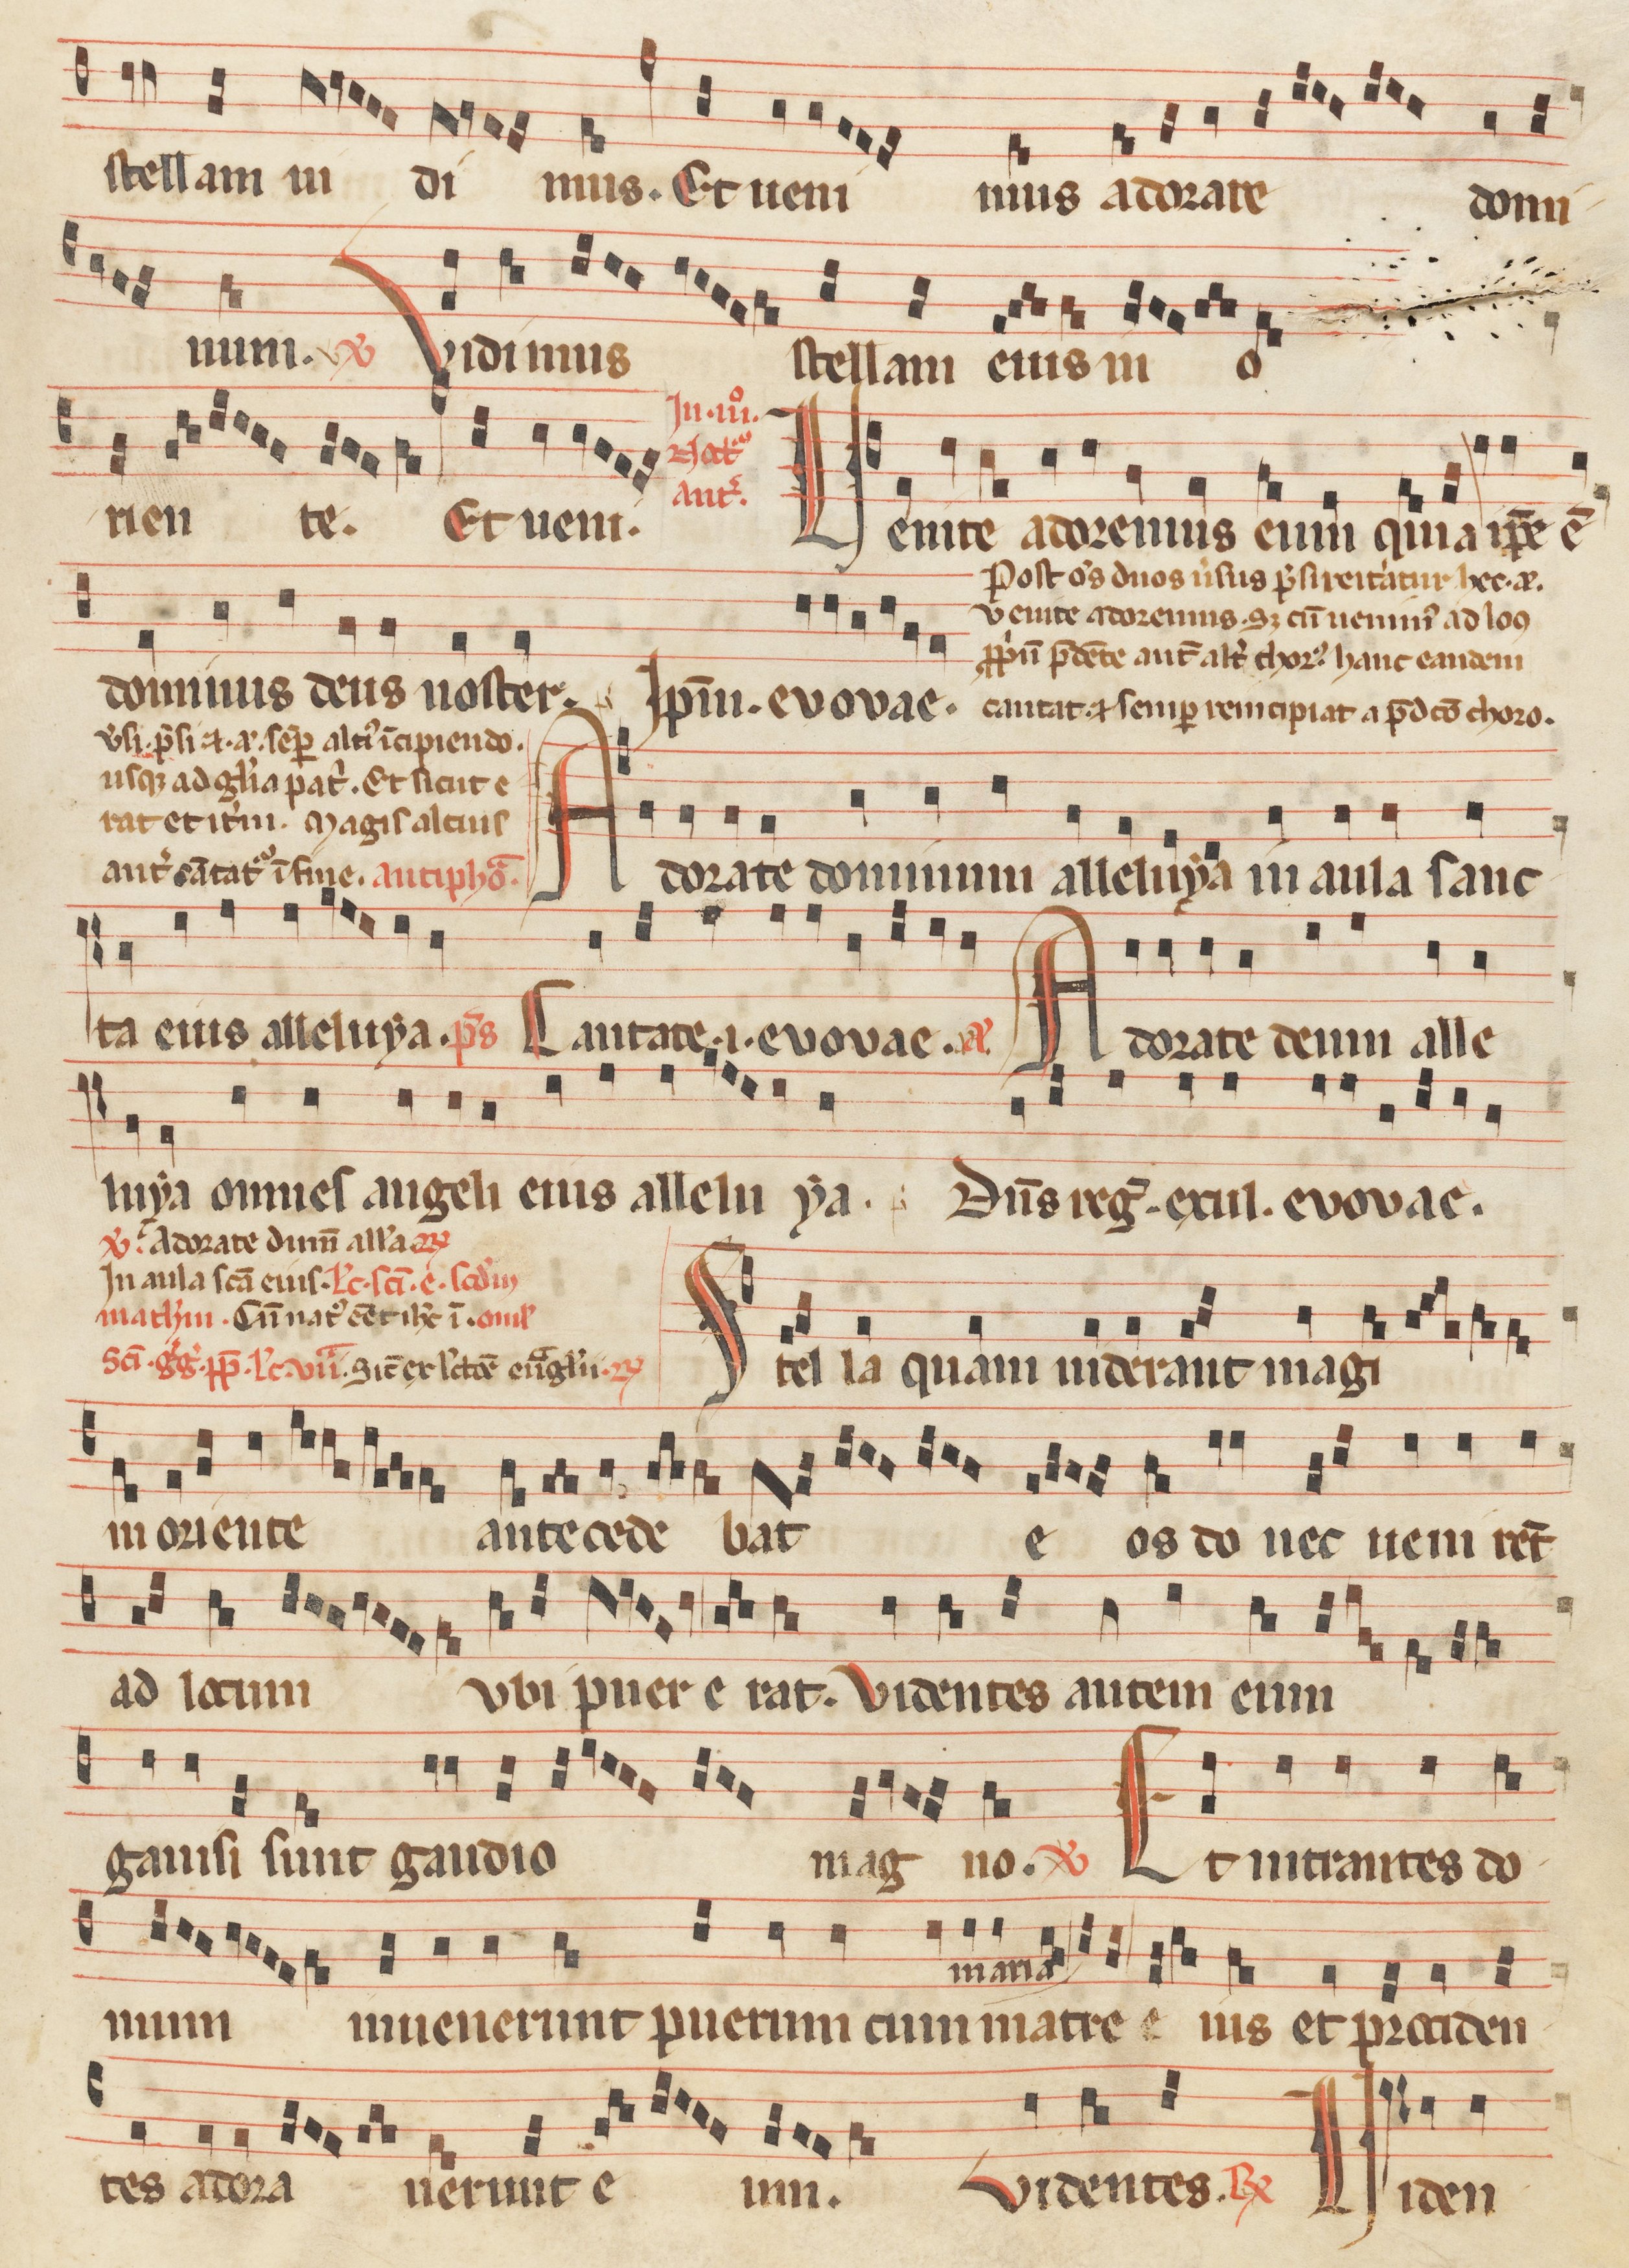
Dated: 1260–1315